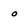
Character: o